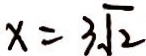
x = 3 \sqrt { 2 }